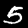
Digit: 5